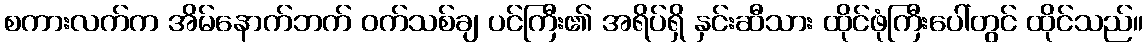
စကားလက်က အိမ်နောက်ဘက် ဝက်သစ်ချ ပင်ကြီး၏ အရိပ်ရှိ နှင်းဆီသား ထိုင်ဖုံကြီးပေါ်တွင် ထိုင်သည်။